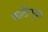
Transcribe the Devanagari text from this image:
काठीपूजा